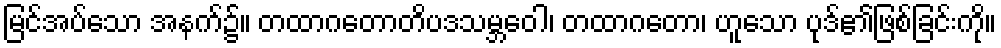
မြင်အပ်သော အနက်၌။ တထာဂတောတိပဒသမ္ဘဝေါ၊ တထာဂတော၊ ဟူသော ပုဒ်၏ဖြစ်ခြင်းကို။